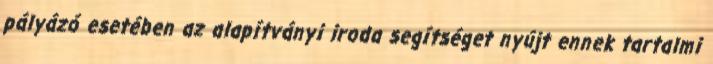
pályázó esetében az alapítványi iroda segítséget nyújt ennek tartalmi